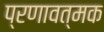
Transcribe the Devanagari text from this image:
प्रणावत्मक